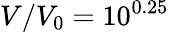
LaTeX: V/V_{0}=10^{0.25}